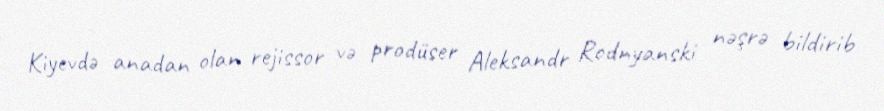
Kiyevdə anadan olan rejissor və prodüser Aleksandr Rodnyanski nəşrə bildirib